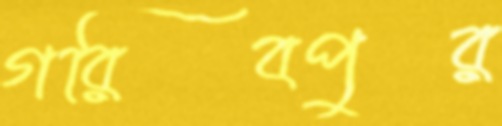
গরিবপুর